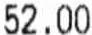
52.00